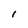
Character: I